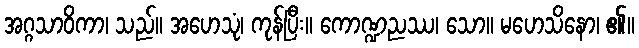
အဂ္ဂသာဝိကာ၊ သည်။ အဟေသုံ၊ ကုန်ပြီး။ ကောဏ္ဍညဿ၊ သော။ မဟေသိနော၊ ၏။